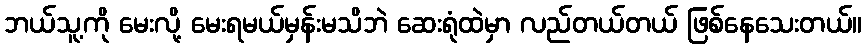
ဘယ်သူ့ကို မေးလို့ မေးရမယ်မှန်းမသိဘဲ ဆေးရုံထဲမှာ လည်တယ်တယ် ဖြစ်နေသေးတယ်။